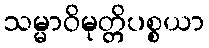
သမ္မာဝိမုတ္တိပစ္စယာ